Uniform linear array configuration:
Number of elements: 32
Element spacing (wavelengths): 0.75
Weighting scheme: blackman
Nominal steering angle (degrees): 45
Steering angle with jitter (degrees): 46.364
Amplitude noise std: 0.05
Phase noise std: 0.05

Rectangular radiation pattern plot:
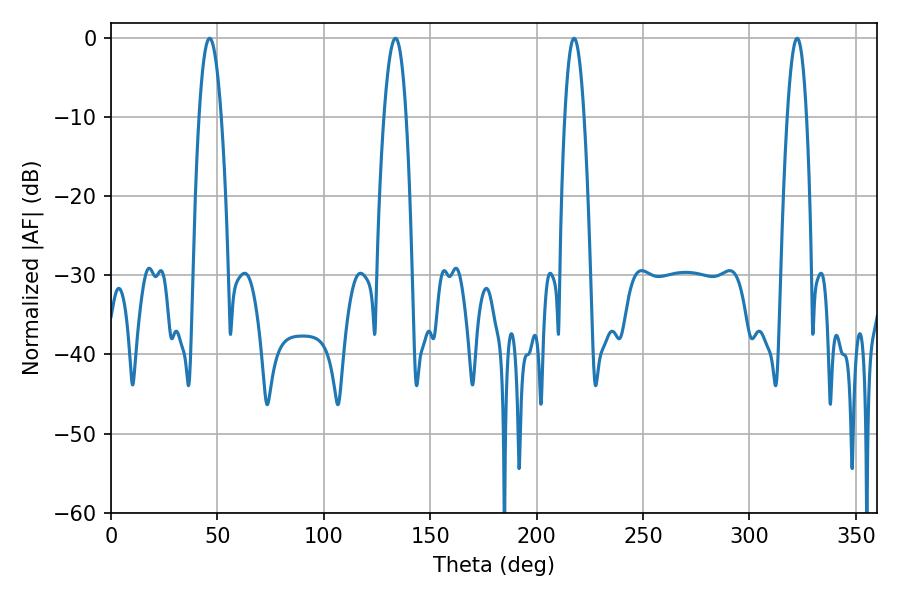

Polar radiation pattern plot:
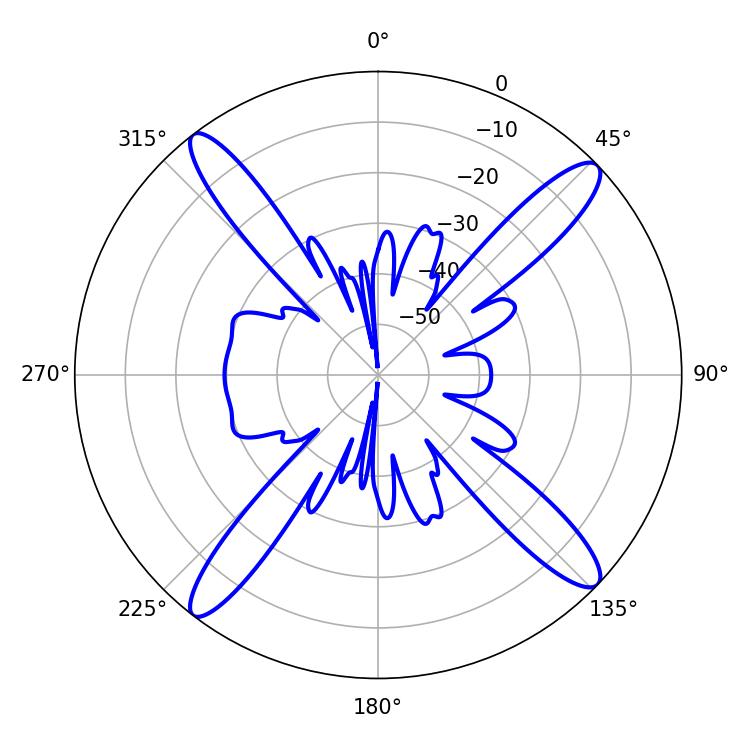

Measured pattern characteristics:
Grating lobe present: TRUE
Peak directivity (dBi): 16.865
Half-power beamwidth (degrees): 5.04
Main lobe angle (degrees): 217.62